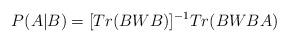
LaTeX: \begin{align*} P(A | B) = [Tr(BWB)]^{-1} Tr(BWBA)\end{align*}